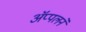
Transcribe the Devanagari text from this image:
ॲप्पलने